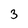
Character: 3